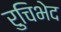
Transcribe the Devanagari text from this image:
रुचिभेद